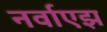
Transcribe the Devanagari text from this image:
नर्वाएझ